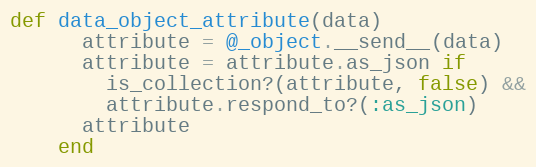
Language: Ruby
def data_object_attribute(data)
      attribute = @_object.__send__(data)
      attribute = attribute.as_json if
        is_collection?(attribute, false) &&
        attribute.respond_to?(:as_json)
      attribute
    end